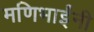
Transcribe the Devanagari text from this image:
मणिभाईंनी